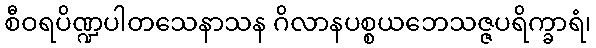
စီဝရပိဏ္ဍပါတသေနာသန ဂိလာနပစ္စယဘေသဇ္ဇပရိက္ခာရံ၊